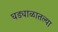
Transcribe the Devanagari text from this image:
घड्याळातल्या